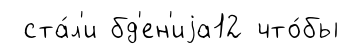
ста́л'и бд'ен'иjа12 что́бы